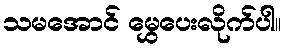
သမအောင် မွှေပေးလိုက်ပါ။